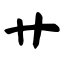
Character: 艹